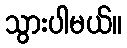
သွားပါမယ်။